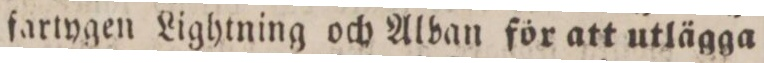
fartygen Lightning och Alban för att utlägga